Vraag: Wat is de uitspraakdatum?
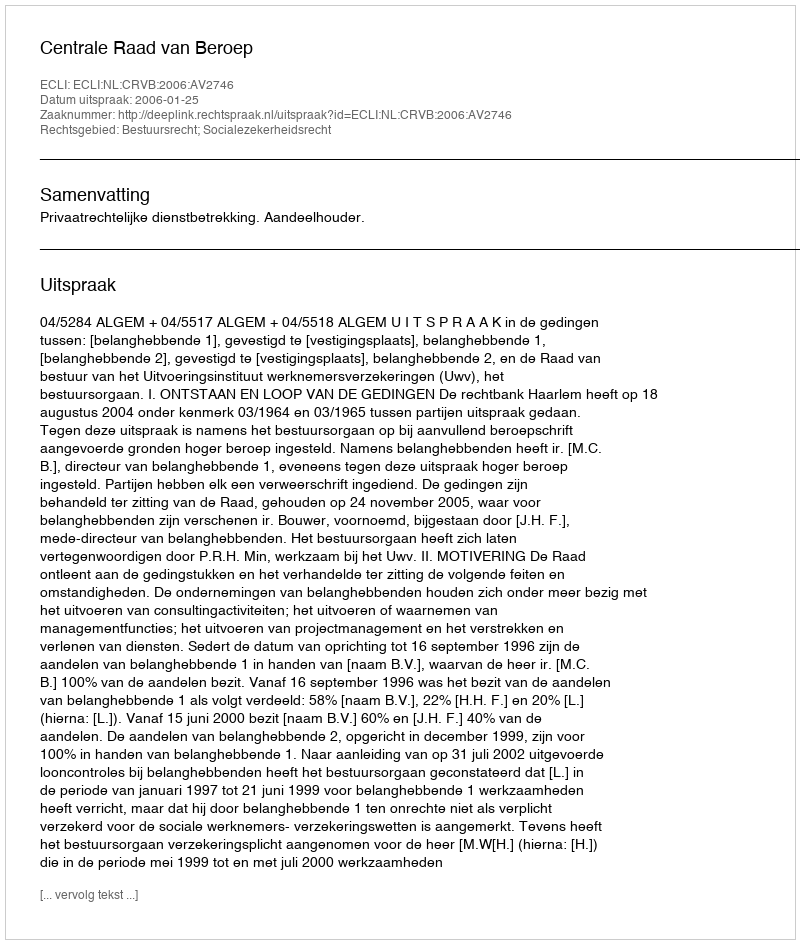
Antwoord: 2006-01-25